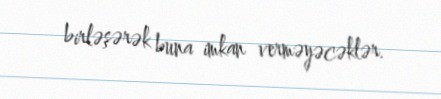
birləşərək buna imkan verməyəcəklər.